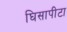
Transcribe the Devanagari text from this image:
घिसापीटा